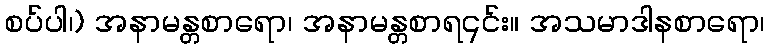
စပ်ပါ၊) အနာမန္တစာရော၊ အနာမန္တစာရ၎င်း။ အသမာဒါနစာရော၊